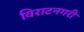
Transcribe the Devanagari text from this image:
विराटनगरी